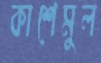
কাশেমুল